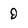
Character: D